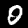
Label: 0